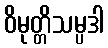
ဝိမုတ္တိသမ္ပဒါ